Report on enteric fever
Disease focus: Fever
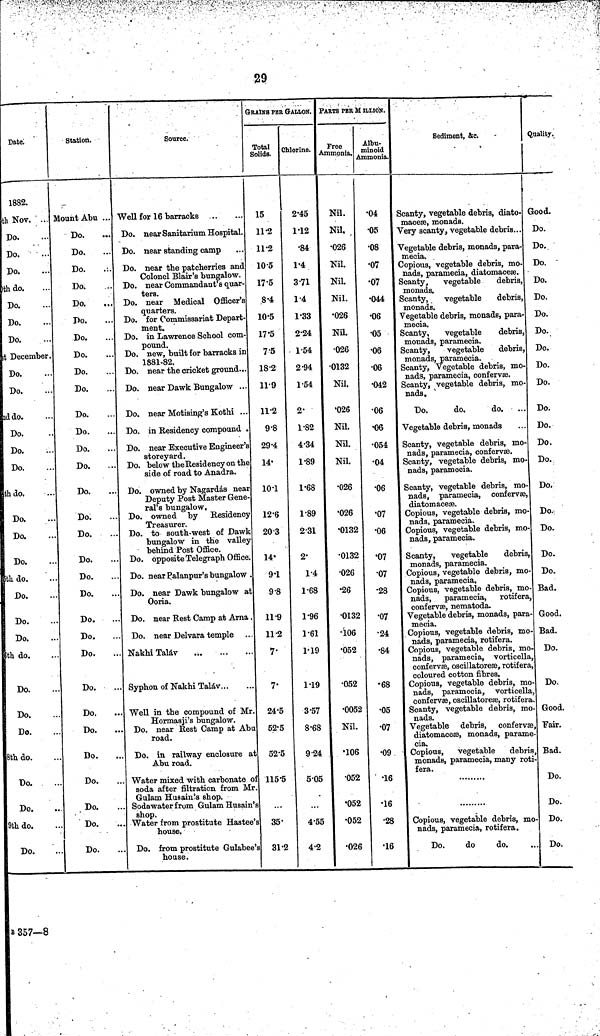
29
Date.
1882.
th Nov. ...
Do.
Do.
Do.
)th do.
Do.
Do.
Do.
st December.
Do.
Do.
ad do.
Do.
Do.
Do.
th do.
Do.
Do.
Do.
5th do.
Do.
Do.
Do.
8th do.
Do.
Do.
Do.
8th do.
Do.
Do.
9th do.
Do.
Station.
Mount Abu ...
Do.
Do.
Do.
Do.
Do.
Do.
Do.
Do.
Do.
Do.
Do.
Do,
Do.
Do.
Do.
Do.
Do.
Do.
Do.
Do.
Do.
Do.
Do.
Do.
Do.
Do.
Do.
Do.
Do.
Do.
Do.
Source.
Well for 16 barracks
Do. near Sanitarium Hospital.
Do. near standing camp
Do. near the patcherries and
Colonel Blair's bungalow.
Do. near Commandant's quar-
ters.
Do. near Medical Officer's
quarters.
Do. for Commissariat Depart-
ment.
Do. in Lawrence School com-
pound.
Do. new, built for barracks in
1881-82.
Do. near the cricket ground...
Do. near Dawk Bungalow ...
Do. near Motising's Kothi ...
Do. in Residency compound .
Do. near Executive Engineer's
storeyard.
Do. below the Residency on the
side of road to Anadra.
Do. owned by Nagardás near
Deputy Post Master Gene-
ral's bungalow.
Do. owned by Residency
Treasurer.
Do. to south-west of Dawk
bungalow in the valley
behind Post Office.
Do. opposite Telegraph Office.
Do. near Palanpur's bungalow .
Do. near Dawk bungalow at
Ooria.
Do. near Rest Camp at Arna
Do. near Delvara temple
Nakhi Taláv
...
Syphon of Nakhi Taláv
Well in the compound of Mr
Hormasji's bungalow.
Do. near Rest Camp at Abu
road.
Do. in railway enclosure at
Abu road.
Water mixed with carbonate of
soda after filtration from Mr
Gulam Husain's shop.
Soda water from Gulam Husain's
shop.
Water from prostitute Hastee'
house.
Do. from prostitute Gulabee's
house.
GRAINS PER GALLON.
Total
Solids.
15
11.2
11.2
10.5
17.5
8.4
10.5
17.5
7 5
18.2
11.9
11.2
9.8
29.4
14
10.1
126
20.3
14.
9.1
9.8
119
11.2
7.
7.
24.5
52.5
52.5
115.5
35.
31.2
Olorine.
2.45
1.12
.84
1.4
3.71
1.4
1.33
2.24
1.54
2.94
1.54
2.
1.82
4.34
1.89
1.68
1.89
2.31
2'
1.4
1.68
1.96
1.61
1.19
1.19
3.57
8.68
9.24
505
4.55
4.2
PARTS PER MILLION.
Free
Ammonia.
Nil.
Nil,
.026
Nil.
Nil.
Nil.
•026
Nil.
•026
•0132
Nil.
•026
Nil.
NU.
Nil.
•026
•026
•0132
•0132
•026
•26
•0132
•106
•052
•052
•0052
Nil.
•106
•052
.052
•052
•026
Albu-
minoid
Ammonia.
•04
•05
•08
•07
•07
•044
•06
•05
•06
•06
•042
•06
•06
•054
•04
•06
•07
•06
•07
•07
•28
•07
•24
•84
•68
•05
•07
•09
•16
•16
.28
•16
Sediment, &c.
Scanty, vegetable debris, diato-
maceæ, monads.
Very scanty, vegetable debris...
Vegetable debris, monads, para-
mecia.
Copious, vegetable debris, mo-
nads, paramecia, diatomaceæ.
Scanty,
vegetable
debris,
monads.
Scanty,
vegetable
debris,
monads.
Vegetable debris, monads, para-
mecia.
Scanty,
vegetable
debris,
monads, paramecia.
Scanty,
vegetable
debris,
monads, paramecia.
Scanty, Vegetable debris, mo-
nads, paramecia, confervæ.
Scanty, vegetable debris, mo-
nads.
Do.
do.
do.
...
Vegetable debris, monads
Scanty, vegetable debris, mo-
nads, paramecia, confervæ.
Scanty, vegetable debris, mo-
nads, paramecia.
Scanty, vegetable debris, mo-
nads, paramecia, confervæ,
diatomaceæ.
Copious, vegetable debris, mo-
nads, paramecia.
Copious, vegetable debris, mo-
nads, paramecia.
Scanty,
vegetable
debris,
monads, paramecia.
Copious, vegetable debris, mo
nads, paramecia.
Copious, vegetable debris, mo
nads, paramecia,
rotifera
confervæ, nematoda.
Vegetable debris, monads, para
mecia.
Copious, vegetable debris, mo
nads, paramecia, rotifera.
Copious, vegetable debris, mo
nads, paramecia, vorticella
confervæ, oscillatoreæ, rotifera
coloured cotton fibres.
Copious, vegetable debris, mo
nads, paramecia, vorticella
confervæ, oscillatoreæ, rotifera
Scanty, vegetable debris, mo
nads.
Vegetable debris, confervæ
diatomaceæ, monads, parame-
cia.
Copious, vegetable
debris
monade, paramecia, many roti-
fera.
Copious, vegetable debris, mo
nads, paramecia, rotifera.
Do.
do
do.
Quality.
Good.
Do.
Do.
Do.
Do.
Do.
Do.
Do.
Do.
Do.
Do.
Do.
Do.
Do.
Do.
Do.
Do.
Do.
Do.
Do.
Bad.
Good.
Bad.
Do.
Do.
Good.
Fair.
Bad.
Do.
Do.
Do.
Do.
B 357—8